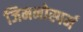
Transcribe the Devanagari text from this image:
जिमनोस्पर्म